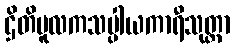
ဌိတိမူလကသပ္ပါယကာရီသုတ္တာ